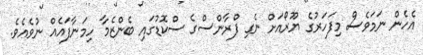
އެހެން ނަމަވެސް މިފަހަރުގެ ޔޫރޯއަށް ނެގި ފްރާންސްގެ ސްކޮޑުގައި ބެންޒެމާ ހިމަނާފައެއް ނުވެއެވެ.